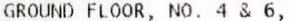
GROUND FLOOR, NO. 4 & 6,